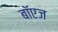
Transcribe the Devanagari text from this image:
बॉएज